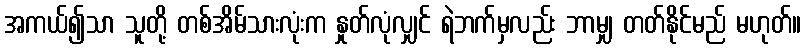
အကယ်၍သာ သူတို့ တစ်အိမ်သားလုံးက နှုတ်လုံလျှင် ရဲဘက်မှလည်း ဘာမျှ တတ်နိုင်မည် မဟုတ်။